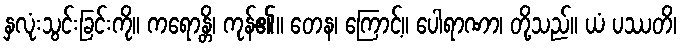
နှလုံးသွင်းခြင်းကို။ ကရောန္တိ၊ ကုန်၏။ တေန၊ ကြောင့်။ ပေါရာဏာ၊ တို့သည်။ ယံ ပဿတိ၊